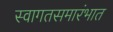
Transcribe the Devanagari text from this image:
स्वागतसमारंभात